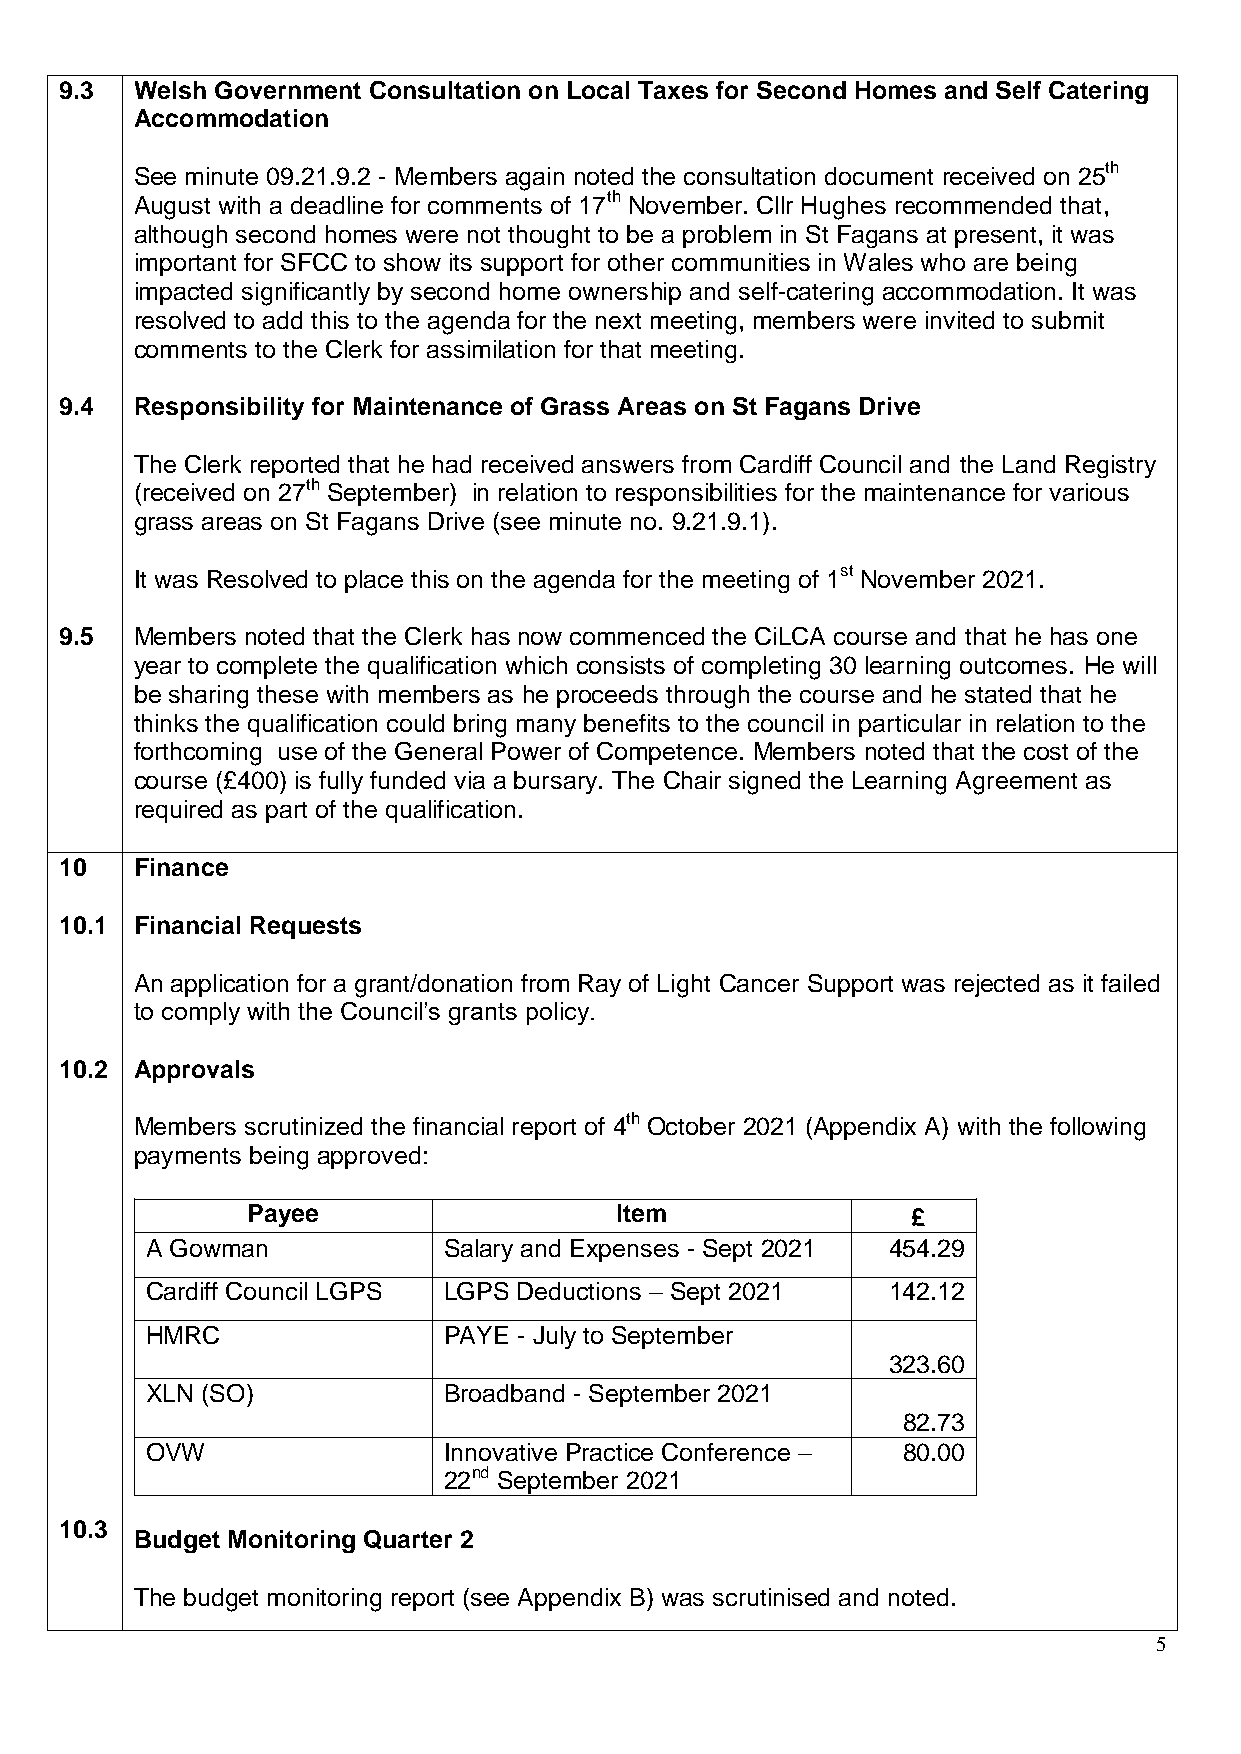
9.3  Welsh Government Consultation on Local Taxes for Second Homes and Self Catering
 Accommodation
 See minute 09.21.9.2 - Members again noted the consultation document received on 25th
 August with a deadline for comments of 17th November. Cllr Hughes recommended that,
 although second homes were not thought to be a problem in St Fagans at present, it was
 important for SFCC to show its support for other communities in Wales who are being
 impacted significantly by second home ownership and self-catering accommodation. It was
 resolved to add this to the agenda for the next meeting, members were invited to submit
 comments to the Clerk for assimilation for that meeting.
 9.4  Responsibility for Maintenance of Grass Areas on St Fagans Drive
 The Clerk reported that he had received answers from Cardiff Council and the Land Registry
 (received on 27th September) in relation to responsibilities for the maintenance for various
 grass areas on St Fagans Drive (see minute no. 9.21.9.1).
 It was Resolved to place this on the agenda for the meeting of 1st November 2021.
 9.5  Members noted that the Clerk has now commenced the CiLCA course and that he has one
 year to complete the qualification which consists of completing 30 learning outcomes. He will
 be sharing these with members as he proceeds through the course and he stated that he
 thinks the qualification could bring many benefits to the council in particular in relation to the
 forthcoming use of the General Power of Competence. Members noted that the cost of the
 course (£400) is fully funded via a bursary. The Chair signed the Learning Agreement as
 required as part of the qualification.
 10   Finance
 10.1 Financial Requests
 An application for a grant/donation from Ray of Light Cancer Support was rejected as it failed
 to comply with the Council’s grants policy.
 10.2 Approvals
 Members scrutinized the financial report of 4th October 2021 (Appendix A) with the following
 payments being approved:
 Payee                    Item               £
 A Gowman           Salary and Expenses - Sept 2021 454.29
 Cardiff Council LGPS LGPS Deductions – Sept 2021 142.12
 HMRC               PAYE - July to September
 323.60
 XLN (SO)           Broadband - September 2021
 82.73
 OVW                Innovative Practice Conference – 80.00
 22nd September 2021
 10.3
 Budget Monitoring Quarter 2
 The budget monitoring report (see Appendix B) was scrutinised and noted.
 5